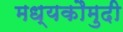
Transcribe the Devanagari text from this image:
मध्यकौमुदी